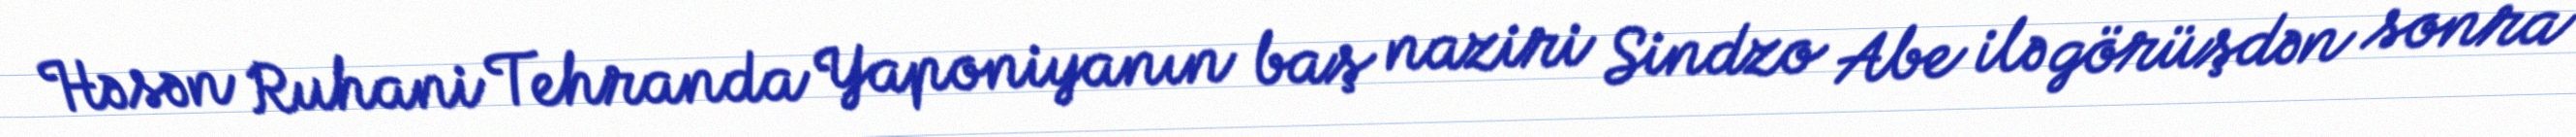
Həsən Ruhani Tehranda Yaponiyanın baş naziri Sindzo Abe ilə görüşdən sonra